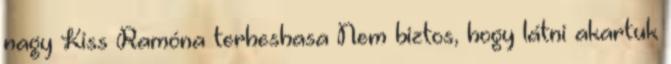
nagy Kiss Ramóna terheshasa Nem biztos, hogy látni akartuk